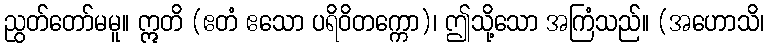
ညွတ်တော်မမူ။ ဣတိ (ဧတံ ဧသော ပရိဝိတက္ကော)၊ ဤသို့သော အကြံသည်။ (အဟောသိ၊